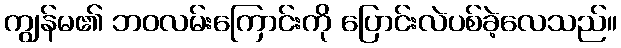
ကျွန်မ၏ ဘဝလမ်းကြောင်းကို ပြောင်းလဲပစ်ခဲ့လေသည်။